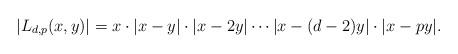
LaTeX: \begin{align*}\vert L_{d,p}(x,y) \vert = x \cdot \vert x-y \vert \cdot \vert x-2y \vert \cdots \vert x-(d-2) y \vert \cdot \vert x -p y\vert.\end{align*}